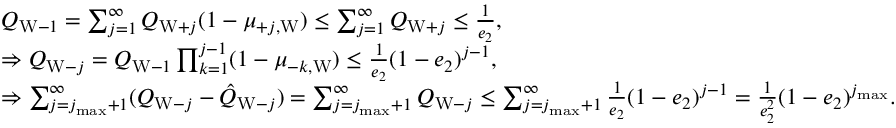
\begin{array} { r l } & { Q _ { \mathrm { W } - 1 } = \sum _ { j = 1 } ^ { \infty } Q _ { \mathrm { W } + j } ( 1 - \mu _ { + j , \mathrm { W } } ) \le \sum _ { j = 1 } ^ { \infty } Q _ { \mathrm { W } + j } \le \frac { 1 } { e _ { 2 } } , } \\ & { \Rightarrow Q _ { \mathrm { W } - j } = Q _ { \mathrm { W } - 1 } \prod _ { k = 1 } ^ { j - 1 } ( 1 - \mu _ { - k , \mathrm { W } } ) \le \frac { 1 } { e _ { 2 } } ( 1 - e _ { 2 } ) ^ { j - 1 } , } \\ & { \Rightarrow \sum _ { j = j _ { \operatorname* { m a x } } + 1 } ^ { \infty } ( Q _ { \mathrm { W } - j } - \hat { Q } _ { \mathrm { W } - j } ) = \sum _ { j = j _ { \operatorname* { m a x } } + 1 } ^ { \infty } Q _ { \mathrm { W } - j } \le \sum _ { j = j _ { \operatorname* { m a x } } + 1 } ^ { \infty } \frac { 1 } { e _ { 2 } } ( 1 - e _ { 2 } ) ^ { j - 1 } = \frac { 1 } { e _ { 2 } ^ { 2 } } ( 1 - e _ { 2 } ) ^ { j _ { \operatorname* { m a x } } } . } \end{array}